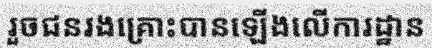
រួចជនរងគ្រោះបានឡើងលើការដ្ឋាន